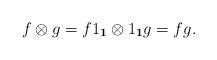
LaTeX: \begin{gather*}f\otimes g = f 1_\mathbf{1} \otimes 1_\mathbf{1} g = fg.\end{gather*}